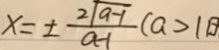
x = \pm \frac { 2 \sqrt { a - 1 } } { a - 1 } ( a > 1